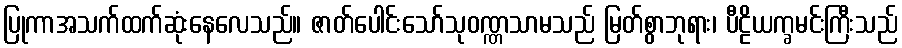
ပြုကာအသက်ထက်ဆုံးနေလေသည်။ ဇာတ်ပေါင်းသော်သုဝဏ္ဏသာမသည် မြတ်စွာဘုရား၊ ပီဠိယက္ခမင်းကြီးသည်